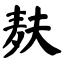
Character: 麸